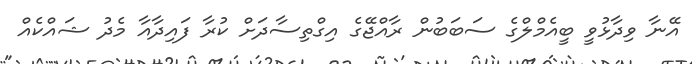
އޭނާ ވިދާޅުވީ ބީއެމްލްގެ ސަބަބުން ރާއްޖޭގެ އިގްތިސާދަށް ކުރާ ފައިދާއާ މެދު ޝައްކެއް